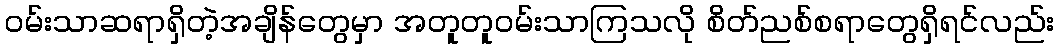
ဝမ်းသာဆရာရှိတဲ့အချိန်တွေမှာ အတူတူဝမ်းသာကြသလို စိတ်ညစ်စရာတွေရှိရင်လည်း